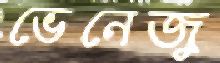
ভেনেজু